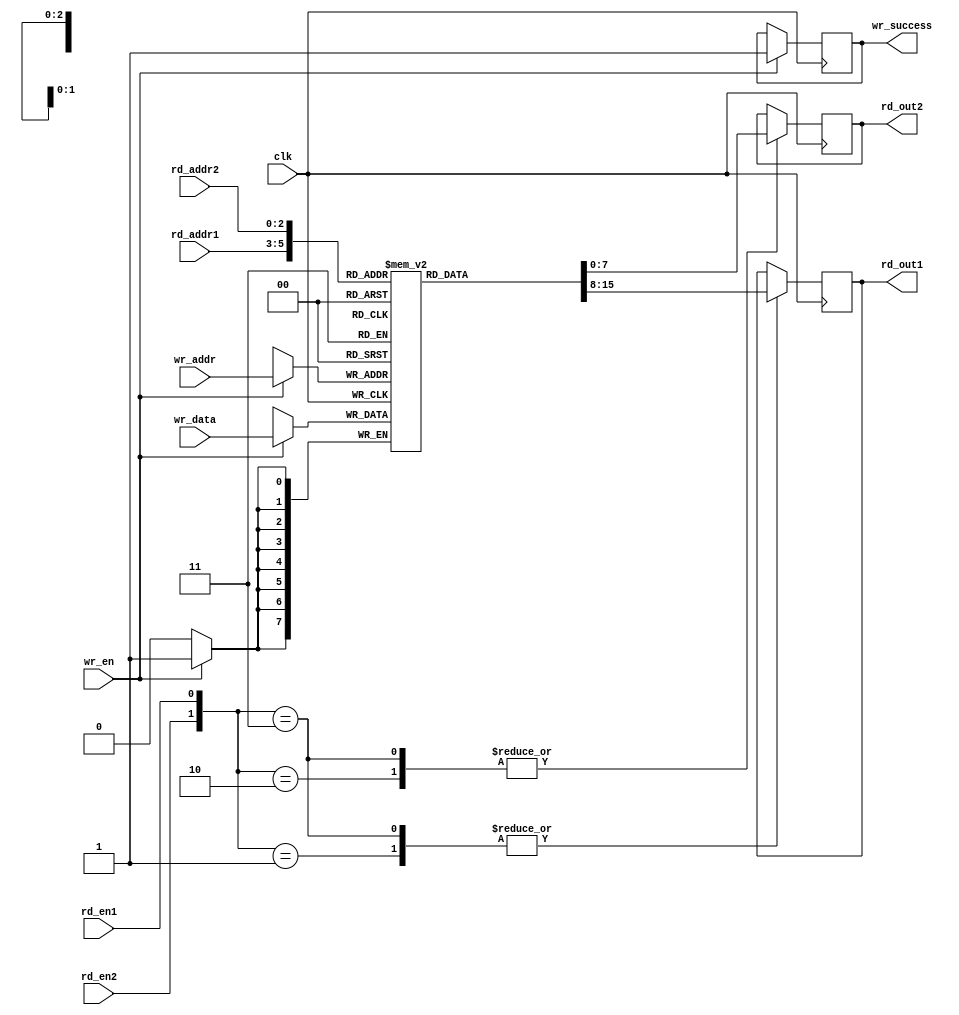
module register_file(clk, rd_addr1, rd_addr2, rd_en1, rd_en2, wr_addr, wr_en, wr_data,
                     rd_out1, rd_out2, wr_success);
  input clk, rd_en1, rd_en2, wr_en;
  input[2:0] rd_addr1, rd_addr2, wr_addr;
  input[7:0] wr_data;
  output reg[7:0] rd_out1, rd_out2;
  output reg wr_success;
  reg[7:0] reg_file[7:0]; //creates 8 x 1 byte array
  always @ (posedge clk)
    begin
      case({rd_en2,rd_en1})
	2'b00: $display("nothing enabled, reading nothing");
        2'b01:
          begin
            $display("rd 1 enabled addr: %b", rd_addr1);
            rd_out1 <= reg_file[rd_addr1];
          end
        2'b10:
          begin
	    $display("rd 2 enabled addr: %b", rd_addr2);
	    rd_out2 <= reg_file[rd_addr2];
          end
        2'b11:
	  begin
            $display("both rds enabled addr1: %b addr2: %b", rd_addr1, rd_addr2);
	    rd_out2 <=reg_file[rd_addr2];
	    rd_out1 <=reg_file[rd_addr1];
          end
      endcase
    end
  always @ (negedge clk )
    begin
      if (wr_en)
        begin
          reg_file[wr_addr] <= wr_data;
          wr_success <=1'b1;
          $display("with wr_en, wr_addr = %b wr_data = %b", wr_addr, wr_data);
        end
      else
        $display("write not enabled");
    end
    initial begin
      $monitor("reg0 = %d reg1 = %d reg2 = %d reg3 = %d reg4 = %d reg5 = %d reg6 = %d reg7 = %d",
                reg_file[0], reg_file[1], reg_file[2], reg_file[3], reg_file[4], reg_file[5], reg_file[6], reg_file[7]);
    end

endmodule